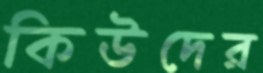
কিউদের